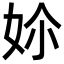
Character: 㚷